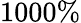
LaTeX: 1000\%